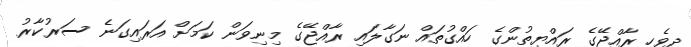
ދިވެހި ރާއްްޖޭގެ ރައްޔިތުންގެ ހައްގުތައް ނަގާލައި ރާއްޖޭގެ މިނިވަން ކަމަށް އަރައިގަނެ ސަރުކާރު